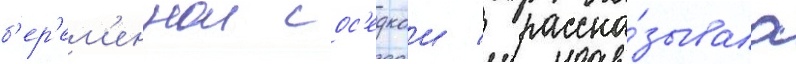
б'ер'ем'еннои сос'едкои / расска́зывала